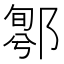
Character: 𨝁